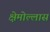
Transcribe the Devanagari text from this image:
क्षेमोल्लास